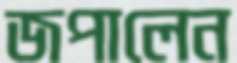
জপালেন